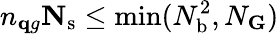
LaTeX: n_{\mathbf qg}\le N_{\mathrm{s}}\leq\operatorname*{min}(N_{\mathrm{b}}^{2},N_{\mathbf G})